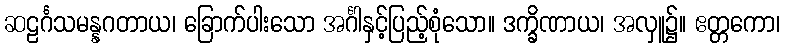
ဆဠင်္ဂသမန္နဂတာယ၊ ခြောက်ပါးသော အင်္ဂါနှင့်ပြည့်စုံသော။ ဒက္ခိဏာယ၊ အလှူ၌။ ဧတ္တကော၊